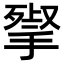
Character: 𢱵